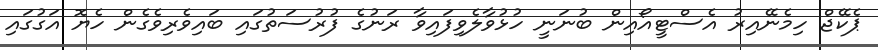
ޕެކޭޖް ހިމެނޭއިރު އެސްޓީއޯއިން ބުނަނީ ހުޅުވާލެވިފައިވާ ރަނުގެ ފުރުސަތުގައި ބައިވެރިވެގެން ހެޔޮ އަގުގައި